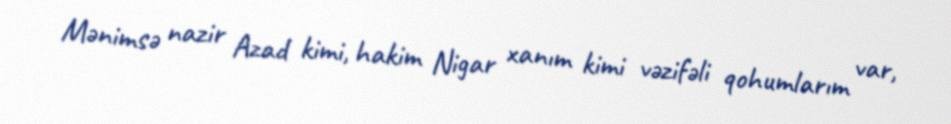
Mənimsə nazir Azad kimi, hakim Nigar xanım kimi vəzifəli qohumlarım var,